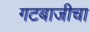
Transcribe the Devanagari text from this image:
गटबाजीचा